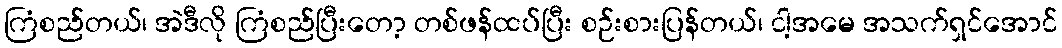
ကြံစည်တယ်၊ အဲဒီလို ကြံစည်ပြီးတော့ တစ်ဖန်ထပ်ပြီး စဉ်းစားပြန်တယ်၊ ငါ့အမေ အသက်ရှင်အောင်